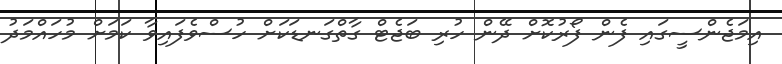
އިމަޖެންސީގައި ފެން ފޯރުކޮށް ދޭން ހުރި ބަޖެޓް ގާތްގަނޑަކަށް ހުސްވެފައިވާ ކަމަށް މުހައްމަދު